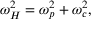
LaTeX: \omega _ { H } ^ { 2 } = \omega _ { p } ^ { 2 } + \omega _ { c } ^ { 2 } ,